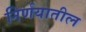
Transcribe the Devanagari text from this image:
निर्णयातील